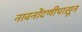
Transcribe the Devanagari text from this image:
नावनोंदणीपासून